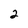
Character: 2